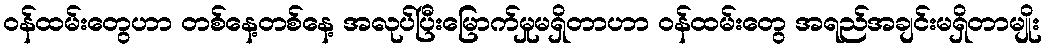
ဝန်ထမ်းတွေပာာ တစ်နေ့တစ်နေ့ အလုပ်ပြီးမြောက်မှုမရှိတာပာာ ဝန်ထမ်းတွေ အရည်အချင်းမရှိတာမျိုး